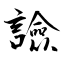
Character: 譣